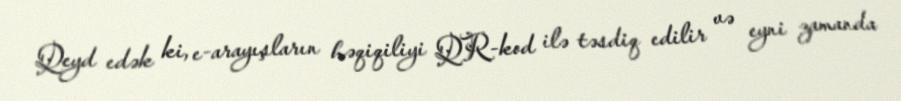
Qeyd edək ki, e-arayışların həqiqiliyi QR-kod ilə təsdiq edilir və eyni zamanda